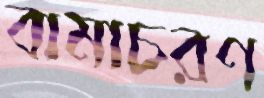
বামাচরণ